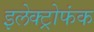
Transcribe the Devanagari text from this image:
इलेक्ट्रोफंक